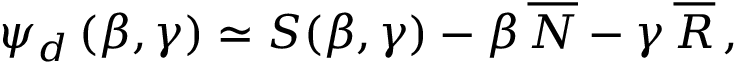
\psi _ { d } \, ( \beta , \gamma ) \simeq S ( \beta , \gamma ) - \beta \, \overline { { N } } - \gamma \, \overline { { { \cal R } } } \, ,